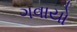
ગવાયો